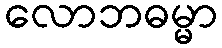
လောဘဓမ္မာ